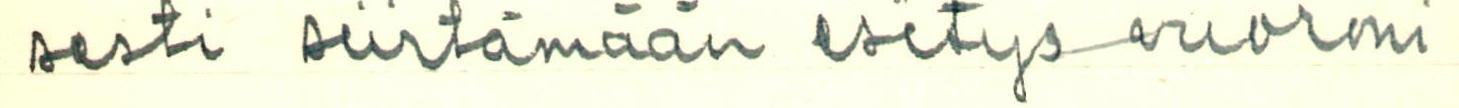
sesti siirtämään esitys-vuoroni